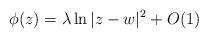
LaTeX: \begin{align*} \phi(z)=\lambda\ln|z-w|^2+O(1)\end{align*}